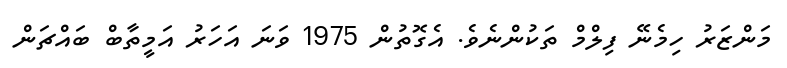
މަންޒަރު ހިމެނޭ ފިލްމް ތަކުންނެވެ. އެގޮތުން 1975 ވަނަ އަހަރު އަމީތާބް ބައްޗަން